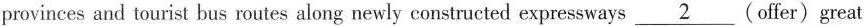
provinces and tourist bus routes along newly constructed expressways \underline{2}(offer) great